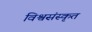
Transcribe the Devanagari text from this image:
विश्वसंस्कृत